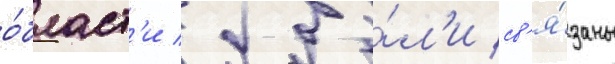
о́бласт'и / бы́л'и св'я́заны